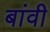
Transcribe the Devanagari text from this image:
बांवी